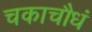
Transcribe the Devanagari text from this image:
चकाचौधं